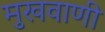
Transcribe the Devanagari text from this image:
मुखवाणी